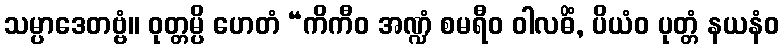
သမ္ပာဒေတဗ္ဗံ။ ဝုတ္တမ္ပိ ဟေတံ “ကိကီဝ အဏ္ဍံ စမရီဝ ဝါလဓိံ, ပိယံဝ ပုတ္တံ နယနံဝ